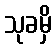
သုခမှိ